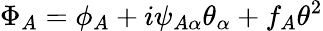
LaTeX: \Phi_{A}=\phi_{A}+i\psi_{A\alpha}\theta_{\alpha}+f_{A}\theta^{2}